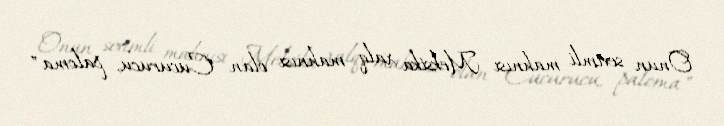
Onun sevimli mahnısı Meksika xalq mahnısı olan "Cucurucu, paloma"